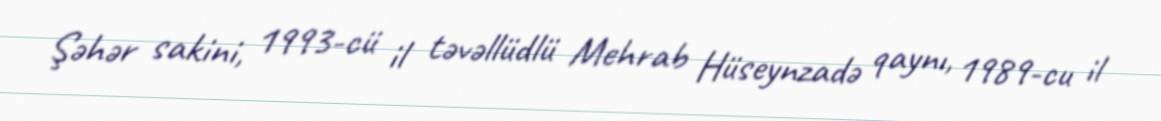
Şəhər sakini, 1993-cü il təvəllüdlü Mehrab Hüseynzadə qaynı, 1989-cu il